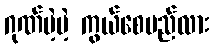
ဂုဏ်မဲ့မဲ့ ကွယ်စေမည်လား